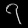
Digit: ၇